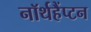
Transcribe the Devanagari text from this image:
नॉर्थहैंप्टन